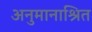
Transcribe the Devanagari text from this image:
अनुमानाश्रित